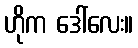
ဟိုက ဒေါ်လေး။